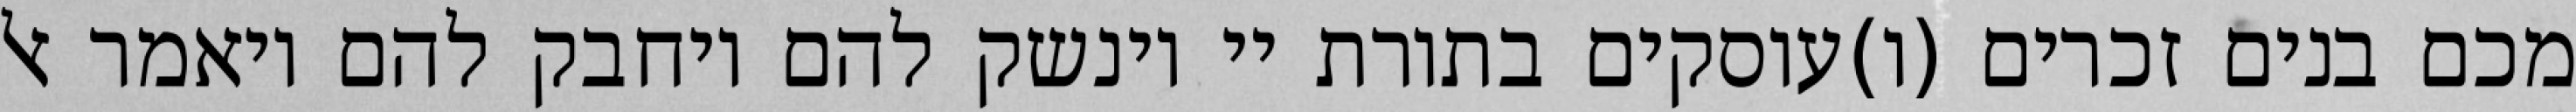
מכם בנים זכרים (ו)עוסקים בתורת יי וינשק להם ויחבק להם ויאמר אל